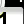
Digit: 1